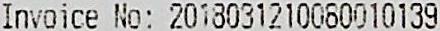
INVOICE NO: 2018031210080010139